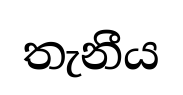
තැනීය